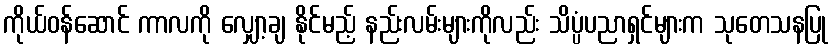
ကိုယ်ဝန်ဆောင် ကာလကို လျှော့ချ နိုင်မည့် နည်းလမ်းများကိုလည်း သိပ္ပံပညာရှင်များက သုတေသနပြု